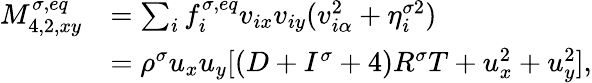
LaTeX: \begin{array}{r}{\begin{array}{rl}{M_{4,2,xy}^{\sigma,eq}}&{=\sum_{i}f_{i}^{\sigma,eq}v_{ix}v_{iy}(v_{i\alpha}^{2}+\eta_{i}^{\sigma 2})}\\ &{=\rho^{\sigma}u_{x}u_{y}[(D+I^{\sigma}+4)R^{\sigma}T+u_{x}^{2}+u_{y}^{2}],}\end{array}}\end{array}